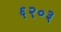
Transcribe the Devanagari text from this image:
६२०३